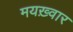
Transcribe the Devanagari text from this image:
मयख़्वार